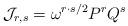
LaTeX: \begin{align*}{\cal J}_{r,s}=\omega^{r\cdot s/2}P^rQ^s\end{align*}